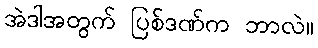
အဲဒါအတွက် ပြစ်ဒဏ်က ဘာလဲ။